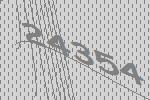
24354